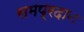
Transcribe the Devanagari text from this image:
समप्रदान